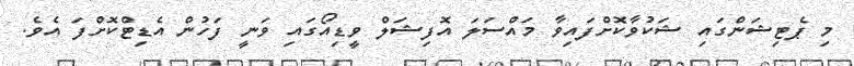
މި ޕެޓިޝަންގައި ޝަކުވާކޮށްފައިވާ މައްސަލަ އޮފިޝަލް ވީޑިއޯގައި ވަނީ ފަހުން އެޑިޓްކޮށްފަ އެވެ.